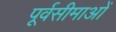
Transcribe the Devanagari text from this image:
पूर्वसीमाओं